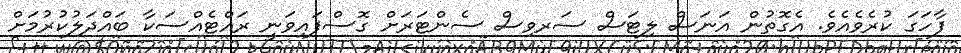
ފާހަގަ ކުރެވެއެވެ. އެގޮތުން އަނަސް ލިޓަސް ސަރވިސް ސެންޓަރަށް ގޮސްފައިވަނީ ރައްޓެއްސަކާ ބައްދަލުކުރުމަށް